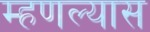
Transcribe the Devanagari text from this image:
म्हणल्यास